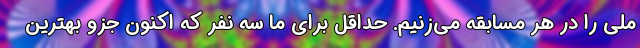
ملی را در هر مسابقه می‌زنیم. حداقل برای ما سه نفر که اکنون جزو بهترین